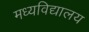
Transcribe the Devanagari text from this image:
मध्यविद्यालय